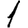
Digit: 1